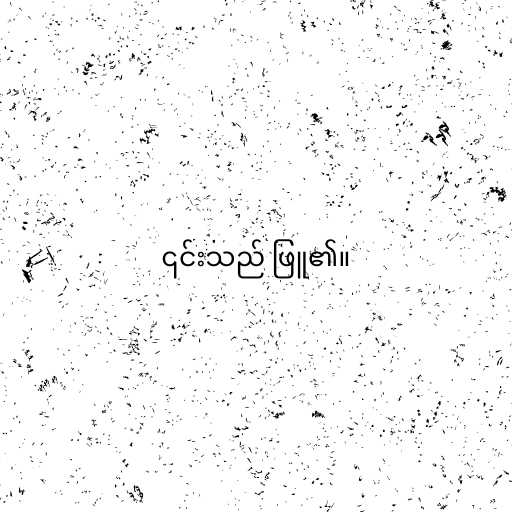
၎င်းသည် ဖြူ၏။